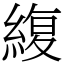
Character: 緮